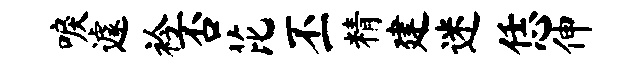
唳遽衿否芘丕精建迷恁伸